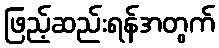
ဖြည့်ဆည်းရန်အတွက်